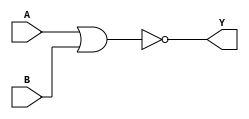

`timescale 1ns/10ps
`celldefine
module NOR2_X0X2 (A, B, Y);
input  A ;
input  B ;
output Y ;
wire I0_out;

   or  (I0_out, A, B);
   not (Y, I0_out);

endmodule
`endcelldefine


`timescale 1ns/10ps
`celldefine
module DFFARAS_X2X2(Q,QN,D,CLK,SN,RN);

input D,CLK,SN,RN;
output Q,QN;
reg Q,QN;


always @ (posedge CLK or negedge RN or negedge SN)

begin
if (!RN) begin
Q<=1'b0; 
QN<=1'b1;
end
else if (!SN) begin
Q<=1'b1;
QN<=1'b0;
end
else begin 
Q<=D;
QN<=!D;
end
end
endmodule
`endcelldefine


`timescale 1ns/10ps
`celldefine
module TIEHL (tiehi, tielo);
output  tiehi ;
output  tielo ;

assign tiehi = 1'b1;
assign tielo = 1'b0;
endmodule
`endcelldefine

`timescale 1ns/10ps
`celldefine

module INV_X2X2 (A, Y);
input  A ;
output Y ;

   not (Y, A);
/*
   specify
     // delay parameters
     specparam
       tplhl$A$Y = 0.23:0.23:0.23,
       tphlh$A$Y = 0.33:0.33:0.33;

     // path delays
     (A *> Y) = (tphlh$A$Y, tplhl$A$Y);

   endspecify
*/
endmodule
`endcelldefine